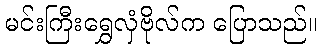
မင်းကြီးရွှေလှံဗိုလ်က ပြောသည်။